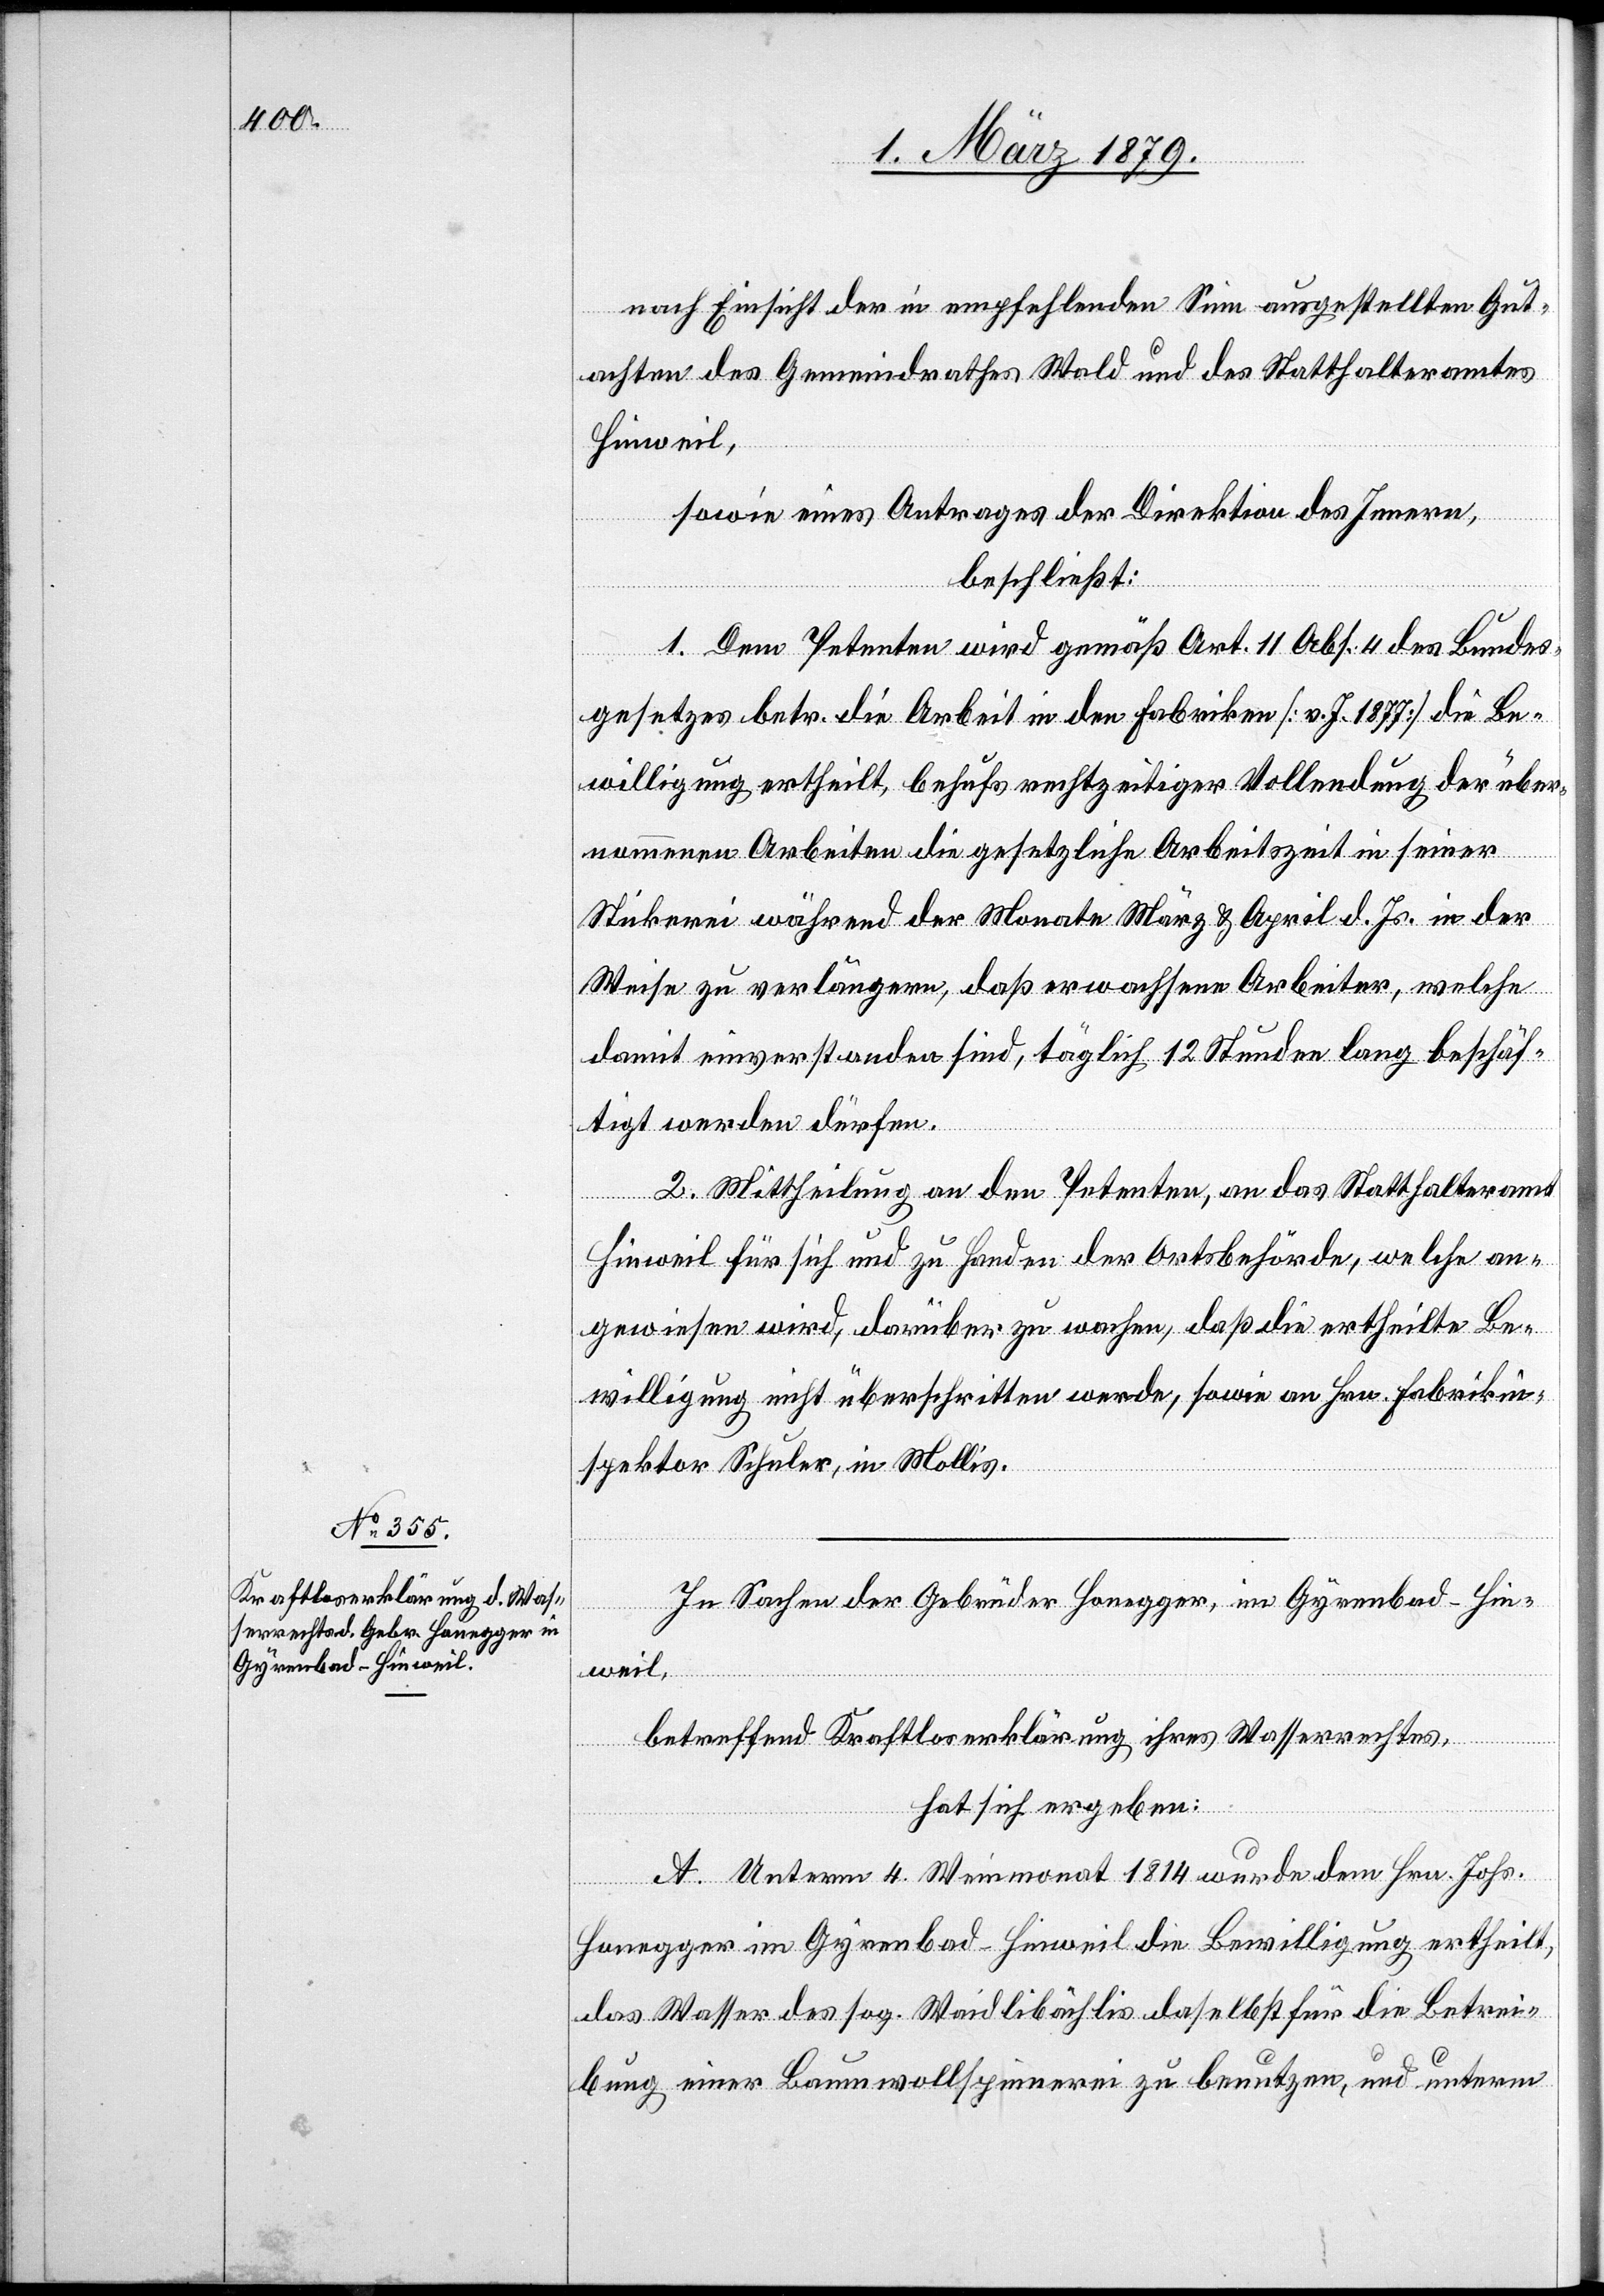
nach Einsicht der in empfehlendem Sinn ausgestellten Gut¬
achten des Gemeindrathes Wald und des Statthalteramtes
Hinweil,
sowie eines Antrages der Direktion des Innern,
beschließt:
1. Dem Petenten wird gemäß Art. 11 Abs. 4 des Bundes¬
gesetzes betr. die Arbeit in den Fabriken [v. J. 1877] die Be¬
willigung ertheilt, behufs rechtzeitiger Vollendung der über¬
nommenen Arbeiten die gesetzliche Arbeitszeit in seiner
Stickerei während der Monate März & April d. Js. in der
Weise zu verlängern, daß erwachsene Arbeiter, welche
damit einverstanden sind, täglich 12 Stunden lang beschäf¬
tigt werden dürfen.
2. Mittheilung an den Petenten, an das Statthalteramt
Hinweil für sich und zu Handen der Ortsbehörde, welche an¬
gewiesen wird, darüber zu wachen, daß die ertheilte Be¬
willigung nicht überschritten werde, sowie an Hrn. Fabrikin¬
spektor Schuler, in Mollis.
In Sachen der Gebrüder Honegger, im Gyrenbad - Hin¬
weil,
betreffend Kraftloserklärung ihres Wasserrechtes,
hat sich ergeben:
A. Unterm 4. Weinmonat 1814 wurde dem Hrn. Johs.
Honegger im Gyrenbad - Hinweil die Bewilligung ertheilt,
das Wasser des sog. Waidlibächlis daselbst für die Betrei¬
bung einer Baumwollspinnerei zu benutzen, und unterm